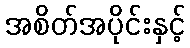
အစိတ်အပိုင်းနှင့်